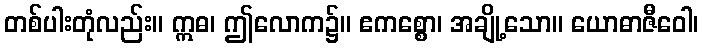
တစ်ပါးတုံလည်း။ ဣဓ၊ ဤလောက၌။ ဧကစ္စော၊ အချို့သော။ ယောဓာဇီဝေါ၊